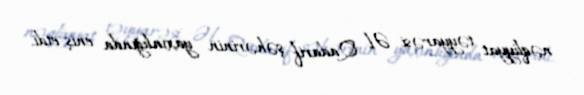
nəqliyyat təyyarəsi Əl Qadarif şəhərinin yaxınlığında eniş etdi.